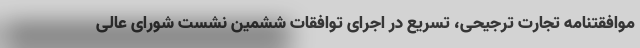
موافقتنامه تجارت ترجیحی، تسریع در اجرای توافقات ششمین نشست شورای عالی